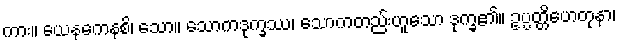
ကား။ ယေနကေနစိ၊ သော။ သောကဒုက္ခဿ၊ သောကတည်းဟူသော ဒုက္ခ၏။ ဥပ္ပတ္တိဟေတုနာ၊